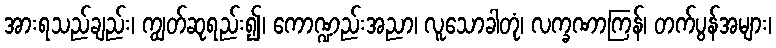
အားရသည်ချည်း၊ ကျွတ်ဆုရည်း၍၊ ကောဏ္ဍည်းအညာ၊ လူသောခါတုံ၊ လက္ခဏာကြန်၊ တက်ပွန်အများ၊